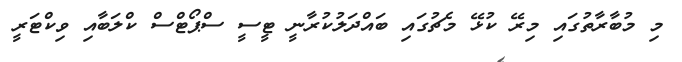
މި މުބާރާތުގައި މިރޭ ކުޅޭ މެޗުގައި ބައްދަލުކުރާނީ ޓީސީ ސްޕޯޓްސް ކްލަބާއި ވިކްޓަރީ